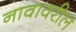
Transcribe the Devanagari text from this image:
नावावरील